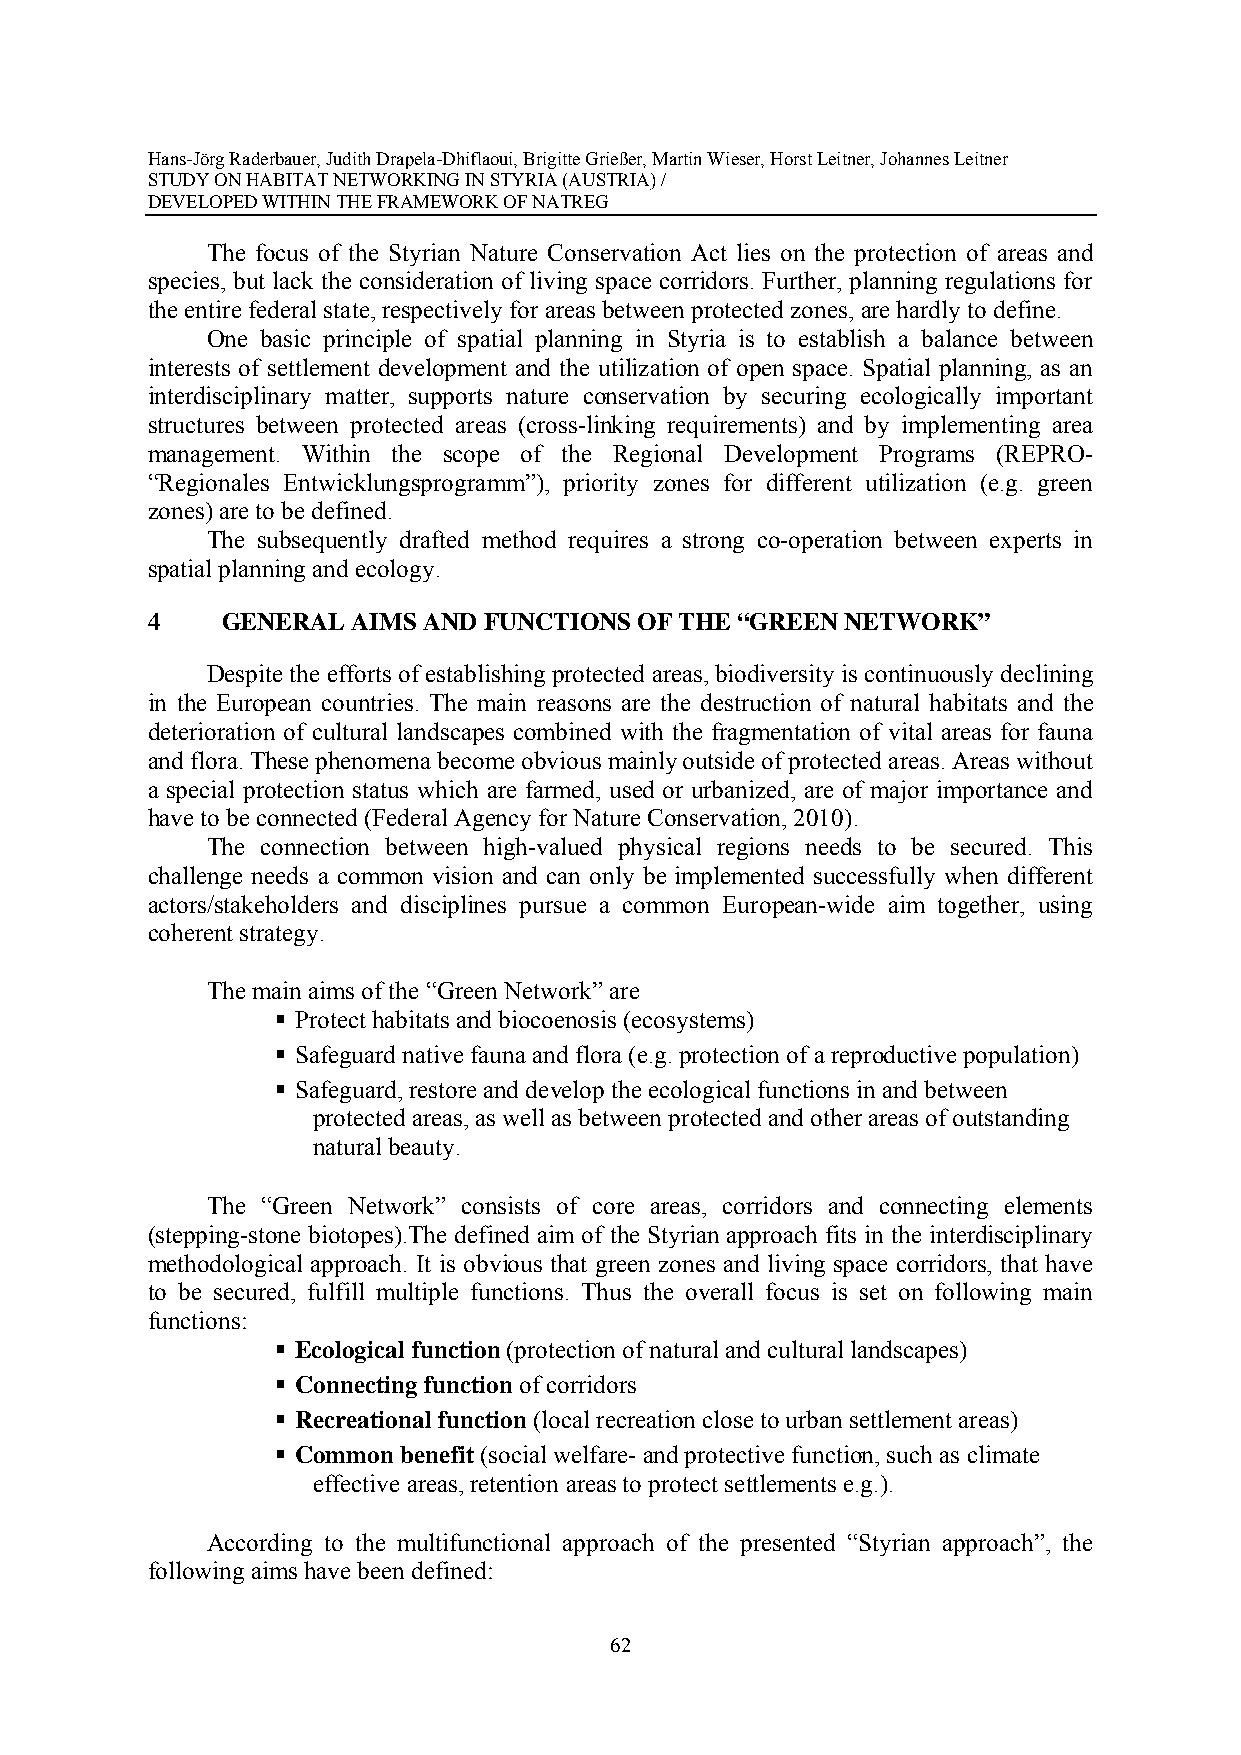
Hans-Jörg Raderbauer, Judith Drapela-Dhiflaoui, Brigitte Grießer, Martin Wieser, Horst Leitner, Johannes Leitner
 STUDY ON HABITAT NETWORKING IN STYRIA (AUSTRIA) /
 DEVELOPED WITHIN THE FRAMEWORK OF NATREG
 The focus of the Styrian Nature Conservation Act lies on the protection of areas and
 species, but lack the consideration of living space corridors. Further, planning regulations for
 the entire federal state, respectively for areas between protected zones, are hardly to define.
 One basic principle of spatial planning in Styria is to establish a balance between
 interests of settlement development and the utilization of open space. Spatial planning, as an
 interdisciplinary matter, supports nature conservation by securing ecologically important
 structures between protected areas (cross-linking requirements) and by implementing area
 management. Within the scope of the Regional Development Programs (REPRO-
 “Regionales Entwicklungsprogramm”), priority zones for different utilization (e.g. green
 zones) are to be defined.
 The subsequently drafted method requires a strong co-operation between experts in
 spatial planning and ecology.
 4    GENERAL AIMS AND FUNCTIONS OF THE “GREEN NETWORK”
 Despite the efforts of establishing protected areas, biodiversity is continuously declining
 in the European countries. The main reasons are the destruction of natural habitats and the
 deterioration of cultural landscapes combined with the fragmentation of vital areas for fauna
 and flora. These phenomena become obvious mainly outside of protected areas. Areas without
 a special protection status which are farmed, used or urbanized, are of major importance and
 have to be connected (Federal Agency for Nature Conservation, 2010).
 The connection between high-valued physical regions needs to be secured. This
 challenge needs a common vision and can only be implemented successfully when different
 actors/stakeholders and disciplines pursue a common European-wide aim together, using
 coherent strategy.
 The main aims of the “Green Network” are
  Protect habitats and biocoenosis (ecosystems)
  Safeguard native fauna and flora (e.g. protection of a reproductive population)
  Safeguard, restore and develop the ecological functions in and between
 protected areas, as well as between protected and other areas of outstanding
 natural beauty.
 The “Green Network” consists of core areas, corridors and connecting elements
 (stepping-stone biotopes).The defined aim of the Styrian approach fits in the interdisciplinary
 methodological approach. It is obvious that green zones and living space corridors, that have
 to be secured, fulfill multiple functions. Thus the overall focus is set on following main
 functions:
  Ecological function (protection of natural and cultural landscapes)
  Connecting function of corridors
  Recreational function (local recreation close to urban settlement areas)
  Common benefit (social welfare- and protective function, such as climate
 effective areas, retention areas to protect settlements e.g.).
 According to the multifunctional approach of the presented “Styrian approach”, the
 following aims have been defined:
 62